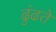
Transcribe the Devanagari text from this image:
ढुंढते